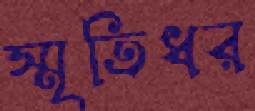
স্মৃতিধর